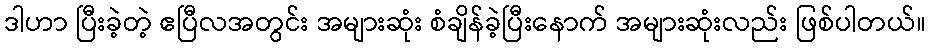
ဒါဟာ ပြီးခဲ့တဲ့ ဧပြီလအတွင်း အများဆုံး စံချိန်ခဲ့ပြီးနောက် အများဆုံးလည်း ဖြစ်ပါတယ်။